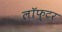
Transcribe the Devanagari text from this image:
लॉफ्टर